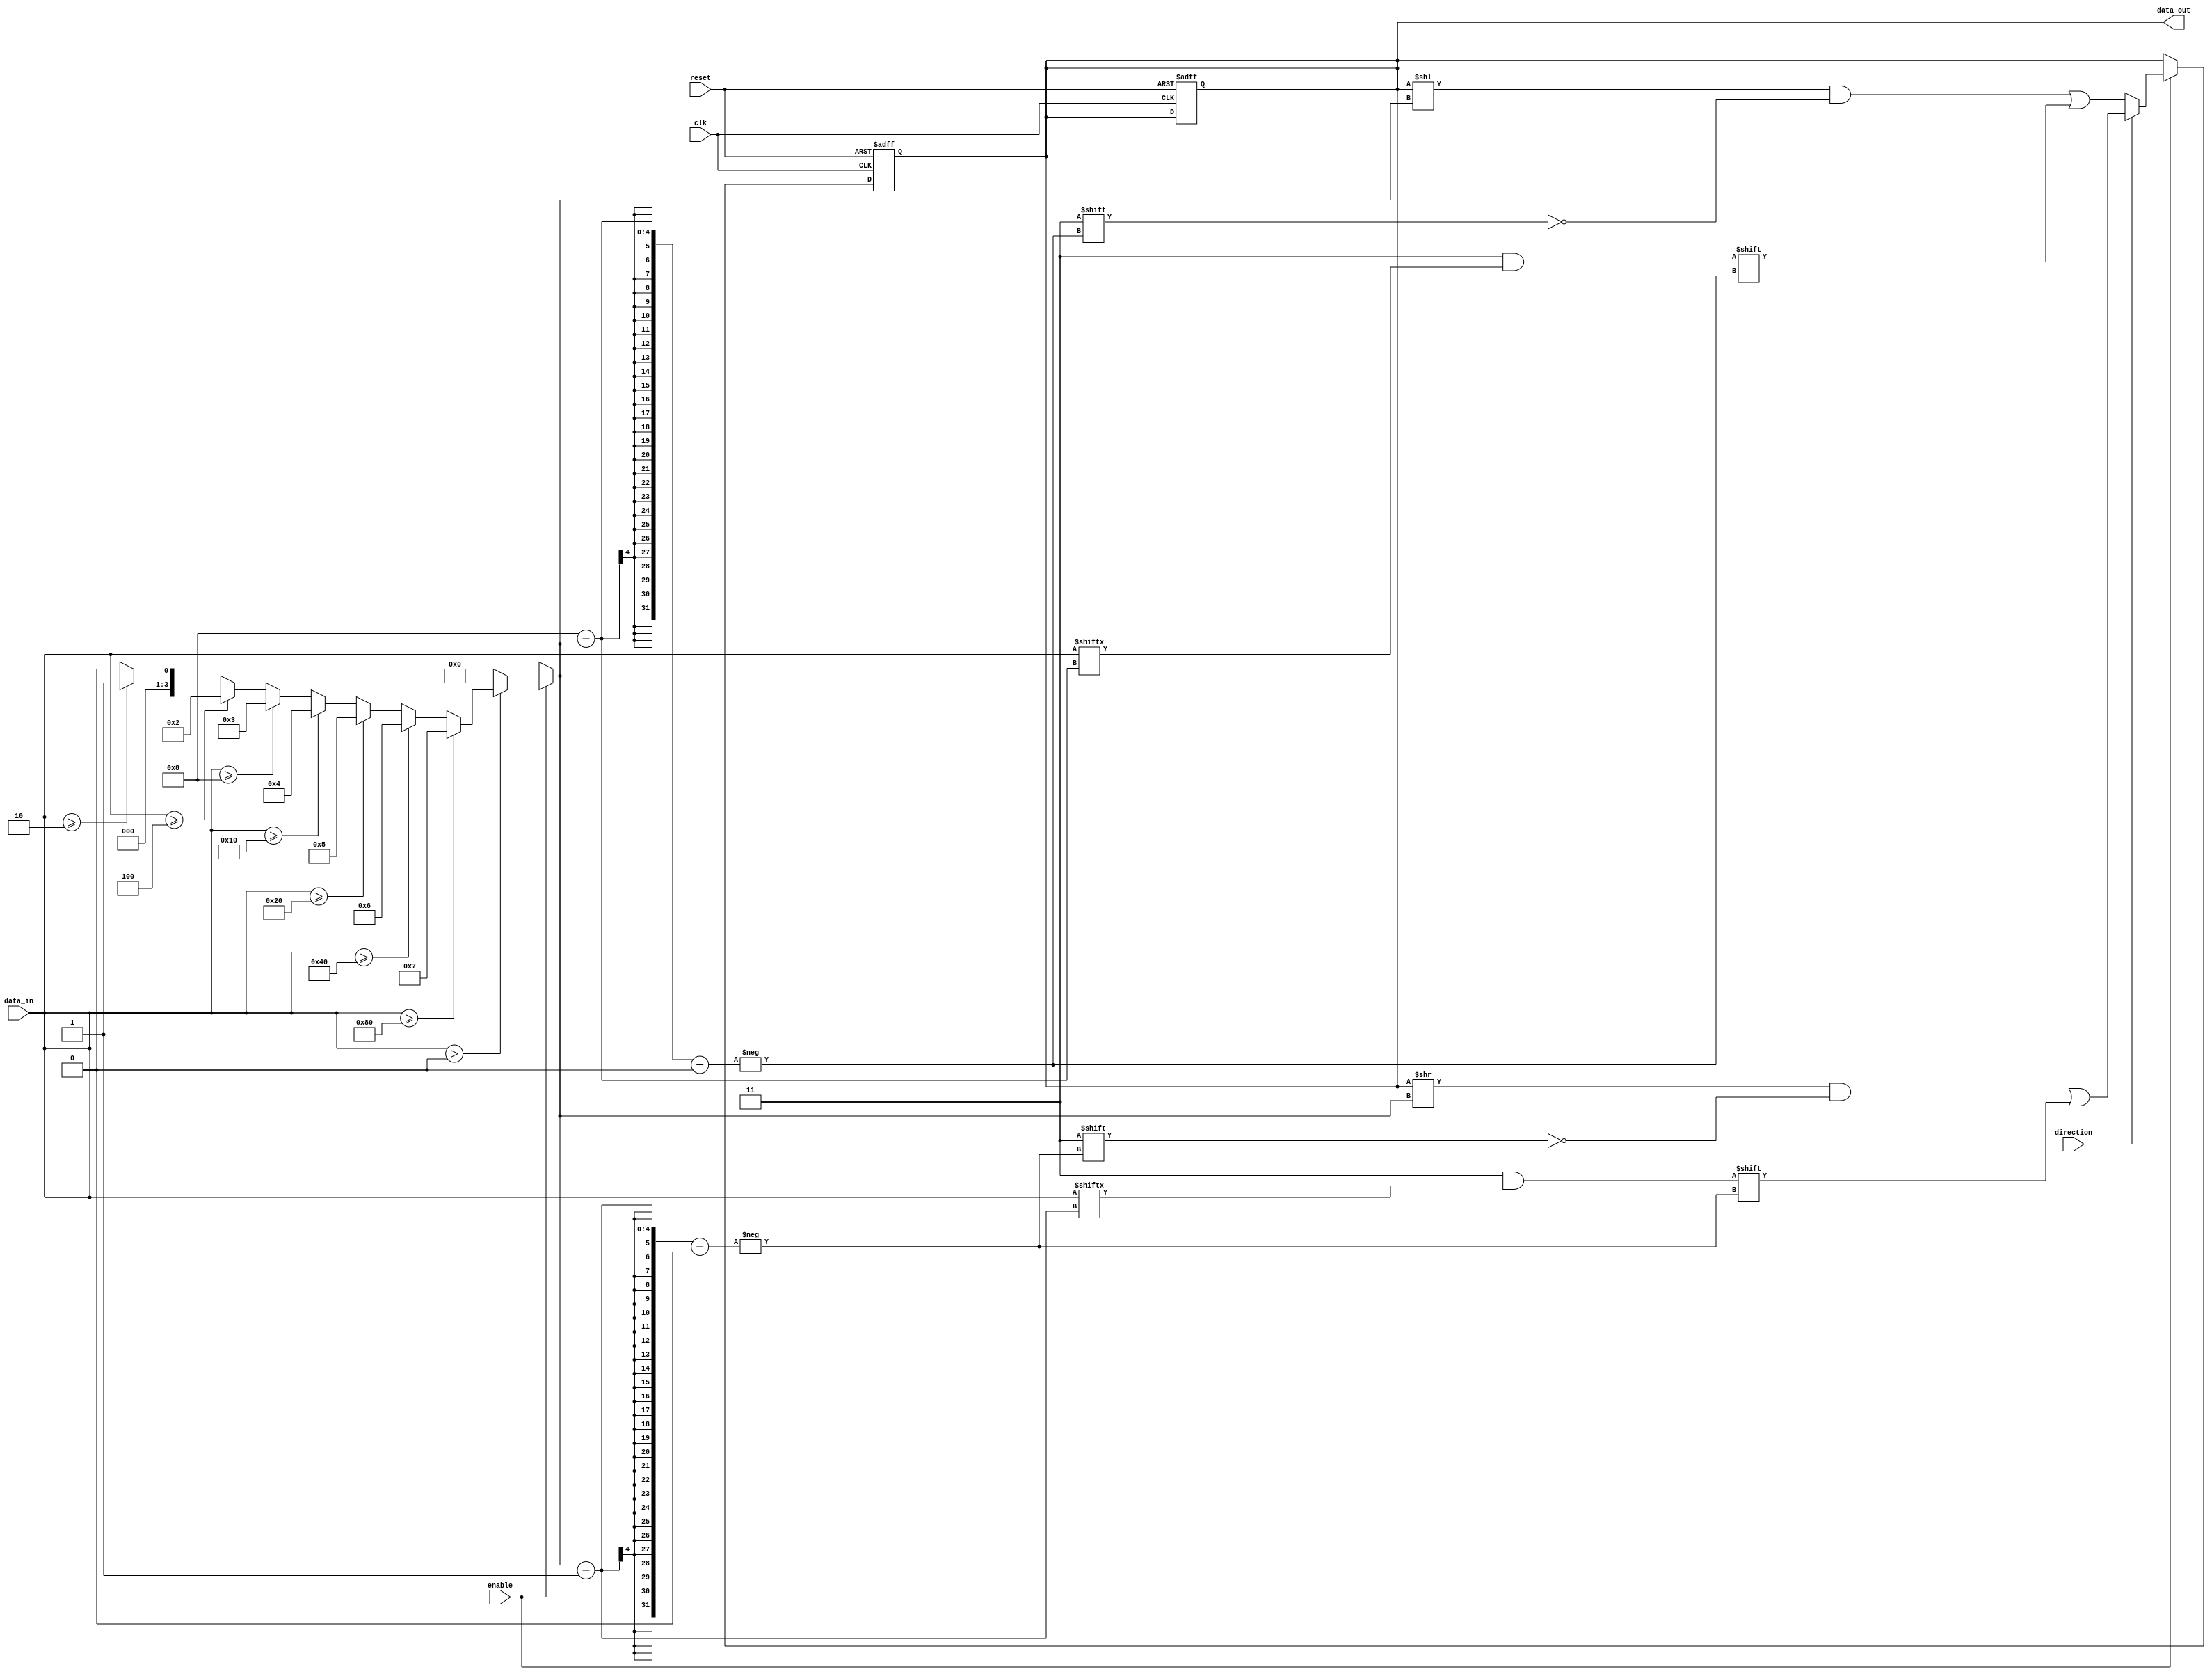
module LogarithmicShiftRegister #(
    parameter N = 8 // Width of the register
)(
    input wire clk,               // Clock signal
    input wire reset,             // Reset signal
    input wire enable,            // Enable signal for shifting
    input wire direction,         // Direction: 0 for left, 1 for right
    input wire [N-1:0] data_in,   // Input data
    output reg [N-1:0] data_out   // Output data
);

    reg [N-1:0] shift_reg;        // Shift register storage
    reg [3:0] shift_amount;       // Shift amount (logarithmic value)

    // Function to calculate log2 of a number
    function [3:0] log2;
        input [N-1:0] value;
        integer i;
        begin
            log2 = 0;
            if (value > 0) begin
                for (i = 0; i < N; i = i + 1) begin
                    if (value >= (1 << i)) begin
                        log2 = i;
                    end
                end
            end
        end
    endfunction

    // Always block for synchronous operation
    always @(posedge clk or posedge reset) begin
        if (reset) begin
            shift_reg <= 0; // Reset the shift register
            data_out <= 0;  // Reset output
        end else if (enable) begin
            // Calculate the logarithmic shift amount
            shift_amount = log2(data_in);

            // Perform the shift operation based on the direction
            if (direction == 0) begin // Left shift
                shift_reg <= shift_reg << shift_amount;
                shift_reg[N-1: N-shift_amount] <= data_in[N-1: N-shift_amount]; // Load new bits
            end else begin // Right shift
                shift_reg <= shift_reg >> shift_amount;
                shift_reg[0:shift_amount-1] <= data_in[0:shift_amount-1]; // Load new bits
            end
        end
    end

    // Assign the output
    always @(*) begin
        data_out = shift_reg;
    end

endmodule